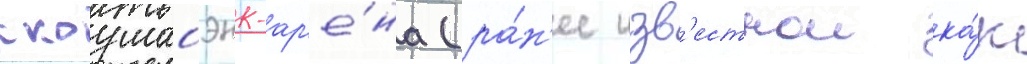
скоушабэнк-ар'е́на (ра́н'ее изв'естнои ка́к